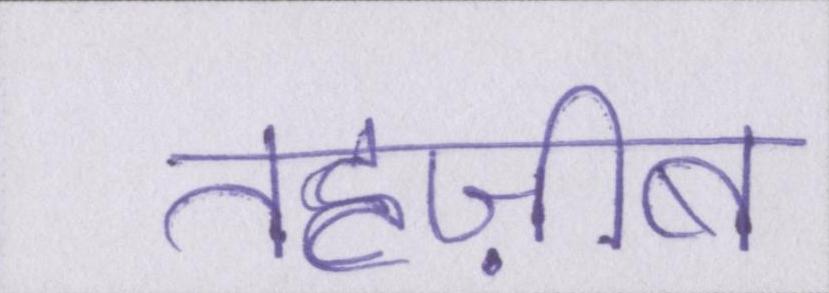
तहज़ीब